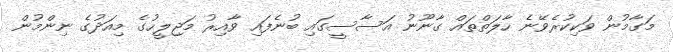
މަގާމުން ވަކިކުރެވޭނެ ހާލަތްތައް ގާނޫނު އަސާސީގައި ބުނެފައި ވާއިރު މަޖިލީހުގެ މިއަދުގެ ނިންމުން